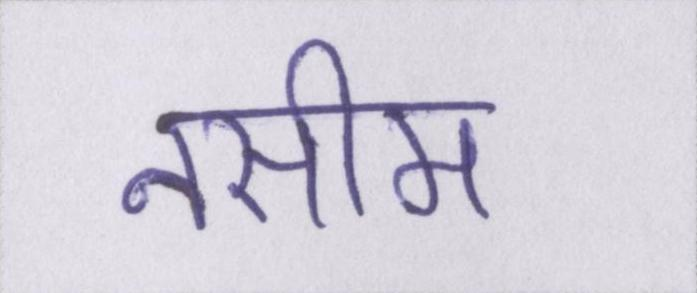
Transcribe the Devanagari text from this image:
नसीम